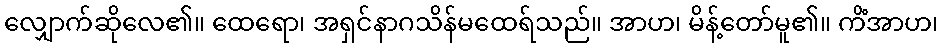
လျှောက်ဆိုလေ၏။ ထေရော၊ အရှင်နာဂသိန်မထေရ်သည်။ အာဟ၊ မိန့်တော်မူ၏။ ကိံအာဟ၊